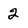
Character: 2